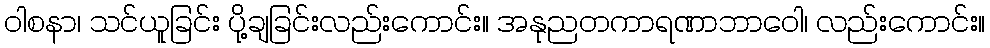
ဝါစနာ၊ သင်ယူခြင်း ပို့ချခြင်းလည်းကောင်း။ အနုညတကာရဏာဘာဝေါ၊ လည်းကောင်း။